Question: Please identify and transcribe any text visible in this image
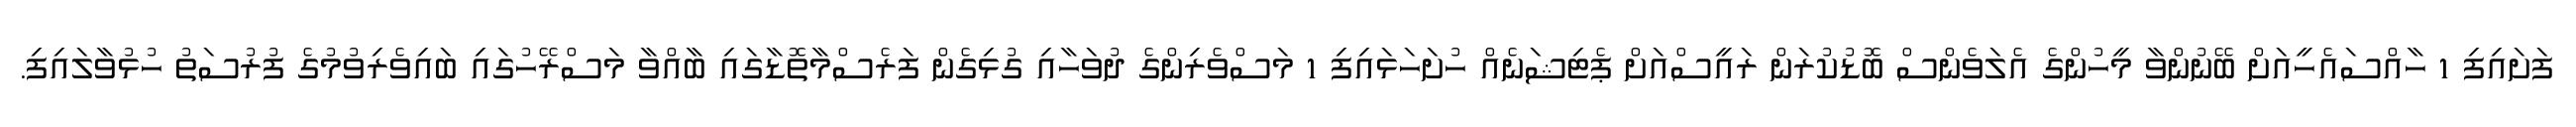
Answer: ފަށައިފި 1 ހާއްސައެހީއަށް ބޭނުންވާ މީހުންގެ އެލަވެންސް ބޮޑުކުރަން ރައީސްއަށް ޕެޓިޝަނެއް ހުށަހަޅައިފި 1 މަސްވެރިންގެ ދުވަހާއި ގުޅިގެން ފަރެސްމާތޮޑާގައި ބާއްވާ މަސްރޭހުގައި ބައިވެރިވުމުގެ ފުރުސަތު ހުޅުވާލައިފި.